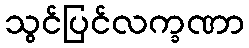
သွင်ပြင်လက္ခဏာ